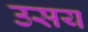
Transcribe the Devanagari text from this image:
उसय